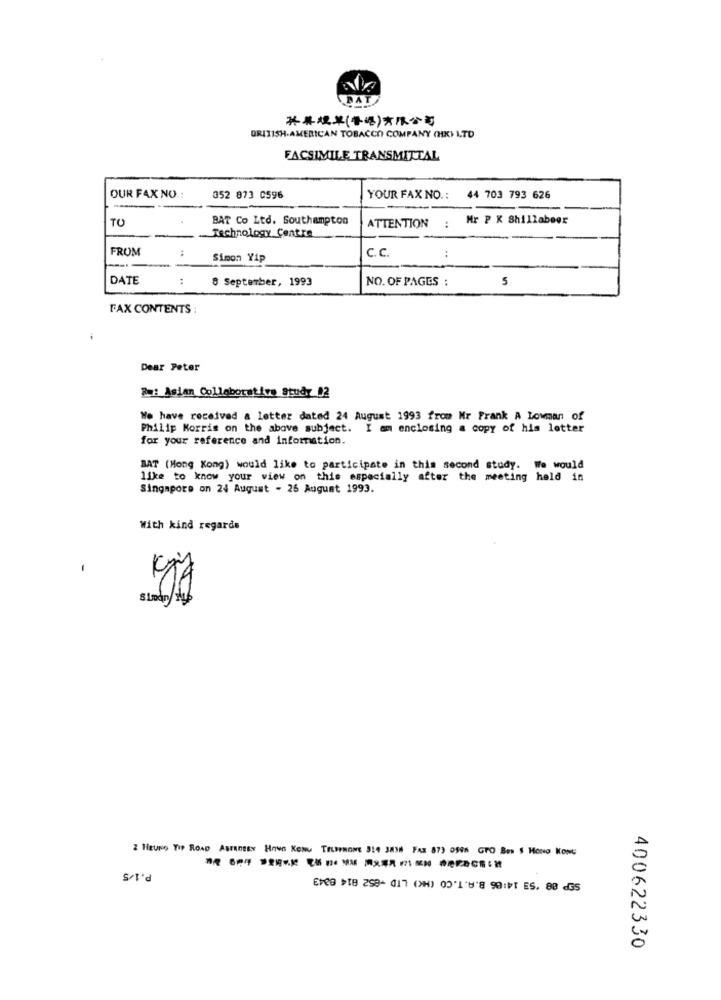
DAT
**** (+4) ***
ORI1ISH.AMERICAN TOBACCO COMPANY (HK) LTD
FACSIMILE TRANSMITTAL
OUR FAX NO .:
352 873 0596
YOUR FAX NO .: 44 703 793 626
TO
BAT Co Ltd. Southampton
ATTENTION : Mr P K Shillabeer
Technology Centre
FROM
Simon Yip
C.c
:
DATE
:
8 September, 1993
NO. OF PAGES :
5
FAX CONTENTS
Dear Peter
Re: Asian Collaborative Study 02
We have received & letter dated 24 August 1993 from Mr Frank A Lowman of
Philip Morris on the above subject. I am enclosing a copy of his letter
for your reference and information.
BAT (Hong Kong) would like to participate in this second study. We would
like to know your view on this especially after the meeting held in
Singapore on 24 August - 26 August 1993.
With kind regards
2
Sloan/Mb
2 HEUNG YIP ROAD ABERDEEN HONG KONG TELEPHONE 314 JAYH FAX 873 0595 GTO Bes $ HoNo KONG
P.1/5
SSP 88 '53 14:06 B.A. T.CO (HC) LTD -852 814 6343
400622330